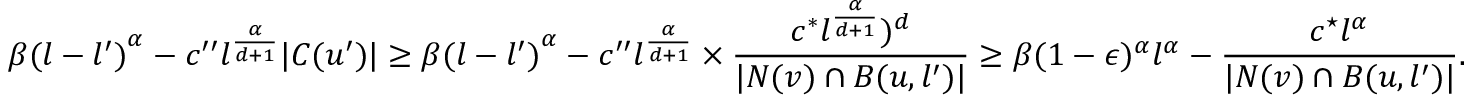
\beta { ( l - l ^ { \prime } ) } ^ { \alpha } - c ^ { \prime \prime } l ^ { \frac { \alpha } { d + 1 } } | C ( u ^ { \prime } ) | \geq \beta { ( l - l ^ { \prime } ) } ^ { \alpha } - c ^ { \prime \prime } l ^ { \frac { \alpha } { d + 1 } } \times \frac { c ^ { * } l ^ { \frac { \alpha } { d + 1 } } ) ^ { d } } { | N ( v ) \cap B ( u , l ^ { \prime } ) | } \geq \beta ( 1 - \epsilon ) ^ { \alpha } l ^ { \alpha } - \frac { c ^ { \star } l ^ { \alpha } } { | N ( v ) \cap B ( u , l ^ { \prime } ) | } .